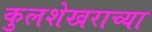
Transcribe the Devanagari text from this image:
कुलशेखराच्या